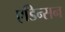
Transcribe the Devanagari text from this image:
एडिन्सन